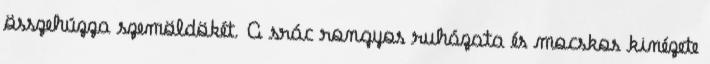
összehúzza szemöldökét. A srác rongyos ruházata és mocskos kinézete